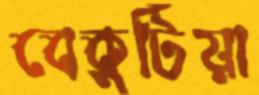
বেকুটিয়া